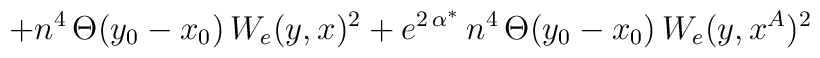
+n^{4}\, \Theta (y_{0}-x_{0})\, W_{e}(y,x)^{2}+e^{2\, \alpha ^{*}}\, n^{4}\, \Theta (y_{0}-x_{0})\, W_{e}(y,x^{A})^{2}